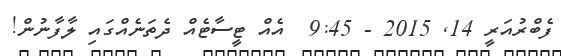
ފެބްރުއަރީ 14